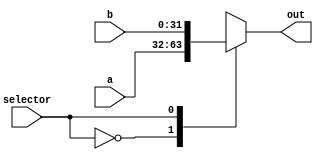
module Multiplexer2bit(a,b,selector,out);
   parameter bitwidth = 32;

   input[bitwidth-1:0] a;
   input[bitwidth-1:0] b;
   input selector;

   output[bitwidth-1:0] out;
   reg[bitwidth-1:0] out;


   always @ (a,b,selector,out)
     begin
        case (selector)
          1'b0 : out = a;
          1'b1 : out = b;
          default: out = {bitwidth{1'b0}};
        endcase //case (selector)
     end //always @ (a,b,selector,out):
endmodule